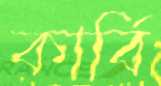
কার্বি